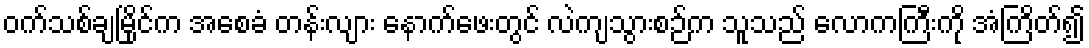
ဝက်သစ်ချမြိုင်က အစေခံ တန်းလျား နောက်ဖေးတွင် လဲကျသွားစဉ်က သူသည် လောကကြီးကို အံကြိတ်၍